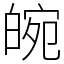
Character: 𤾂